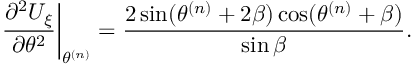
\left. \frac { \partial ^ { 2 } U _ { \xi } } { \partial \theta ^ { 2 } } \right| _ { \theta ^ { ( n ) } } = \frac { 2 \sin ( \theta ^ { ( n ) } + 2 \beta ) \cos ( \theta ^ { ( n ) } + \beta ) } { \sin \beta } .